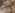
هي